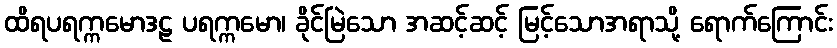
ထိရပရက္ကမောဒဠ ပရက္ကမော၊ ခိုင်မြဲသော အဆင့်ဆင့် မြင့်သောအရာသို့ ရောက်ကြောင်း